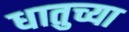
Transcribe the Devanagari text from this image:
धातुच्या